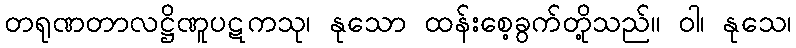
တရုဏတာလဋ္ဌိဏူပဋကသု၊ နုသော ထန်းစေ့ခွက်တို့သည်။ ဝါ၊ နုသေ၊